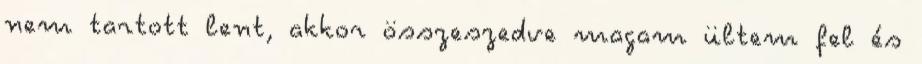
nem tartott lent, akkor összeszedve magam ültem fel és